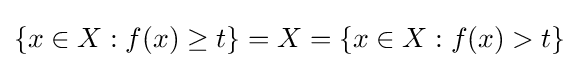
\{x\in X:f(x)\geq t\}=X=\{x\in X:f(x)>t\}